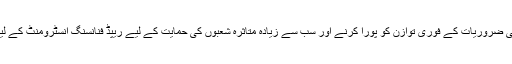
دوسری جانب بین الاقوامی مالیاتی فنڈ ادائیگی کی ضروریات کے فوری توازن کو پورا کرنے اور سب سے زیادہ متاثرہ شعبوں کی حمایت کے لیے ریپڈ فنانسنگ انسٹرومنٹ کے لیے پاکستانی درخواست پر بھی غور کر رہا ہے۔